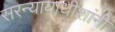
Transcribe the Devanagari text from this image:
सरन्यायाधीशांनी